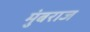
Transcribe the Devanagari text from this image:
मुंबराज